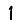
Digit: 1